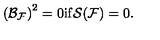
\left( { \cal B } _ { { \cal F } } \right) ^ { 2 } = 0 { \mathrm { i f } } { \cal S } ( { \cal F } ) = 0 .